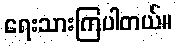
ရေးသားကြပါတယ်။